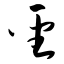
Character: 圣